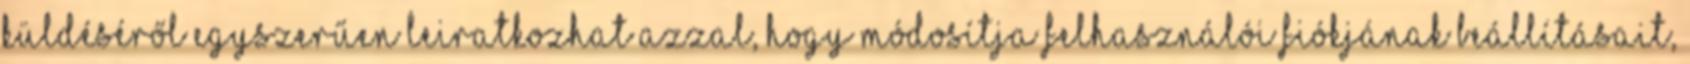
küldéséről egyszerűen leiratkozhat azzal, hogy módosítja felhasználói fiókjának beállításait,